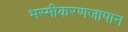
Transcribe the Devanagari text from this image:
भस्मीकरणजापान